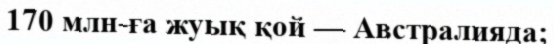
170 млн-ға жуық қой — Австралияда;